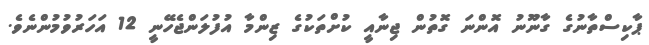
ޕާކިސްތާނުގެ ގާނޫނު އޮންނަ ގޮތުން ޖިނާއީ ކުށްތަކުގެ ޒިންމާ އުފުލަންޖެހޭނީ 12 އަހަރުވުމުންނެވެ.